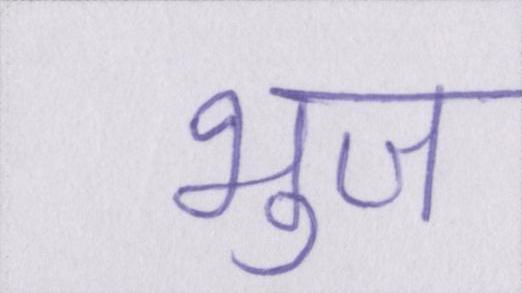
भुज